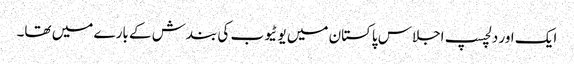
ایک اور دلچسپ اجلاس پاکستان میں یو ٹیوب کی بندش کے بارے میں تھا۔